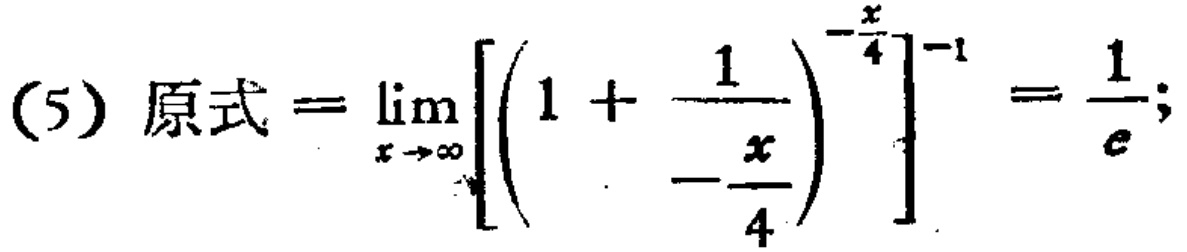
(5) 原式$=\lim_{x \to \infty}\left[\left(1 + \frac{1}{-\frac{x}{4}}\right)^{-\frac{x}{4}}\right]^{-1}=\frac{1}{e};$